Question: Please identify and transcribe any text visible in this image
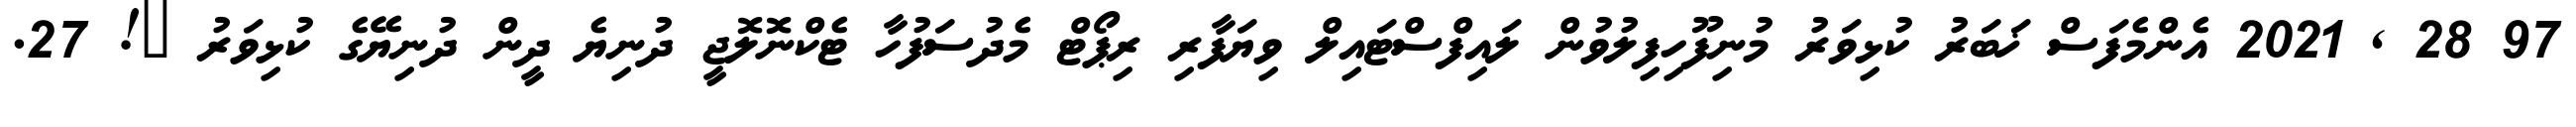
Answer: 97 28 , 2021 އެންމެފަސް ޚަބަރު ކުޅިވަރު މުނިފޫހިފިލުވުން ލައިފްސްޓައިލް ވިޔަފާރި ރިޕޯޓް މެދުސަފުހާ ޓެކްނޮލޮޖީ ދުނިޔެ ދީން ދުނިޔޭގެ ކުޅިވަރު ?! 27.